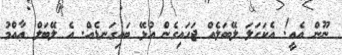
ނޫން އެއީ! އެކަހަލަ ލޭބަލެއް ޖަހައިގެން އުޅޭ ބައިގަނޑެއް. އެ ލޭބަލް ޢާއްމު